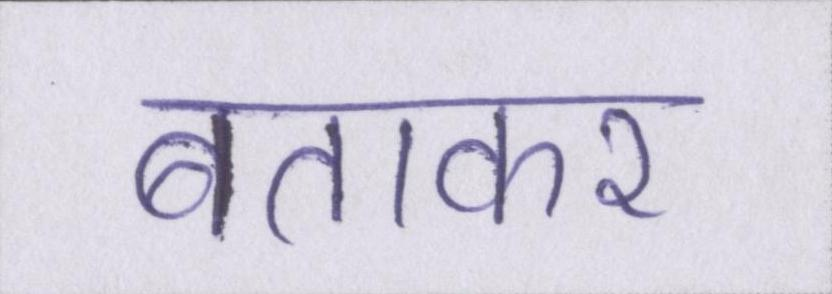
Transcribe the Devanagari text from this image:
बताकर